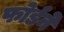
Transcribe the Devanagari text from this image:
फोर्डने